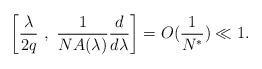
LaTeX: \begin{align*}\left[\frac{\lambda}{2q}\ ,\ \frac{1}{N A(\lambda)} \frac{d}{d\lambda}\right] = O (\frac{1}{N^{*}})\ll 1 .\end{align*}